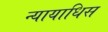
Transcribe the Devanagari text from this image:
न्यायाधिस